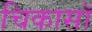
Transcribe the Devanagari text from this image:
चिकासॉ